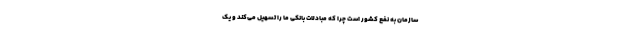
سازمان به نفع کشور است چرا که مبادلات بانکی ما را تسهیل می‌کند و یک